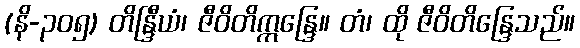
(နိ-၃၀၅) တိန္ဒြီယံ၊ ဇီဝိတိဣန္ဒြေ။ တံ၊ ထို ဇီဝိတိန္ဒြေသည်။